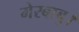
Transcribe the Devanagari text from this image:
मेरबाबु।